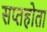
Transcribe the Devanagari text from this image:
सप्तहोता